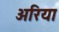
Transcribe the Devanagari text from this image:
अरिया